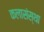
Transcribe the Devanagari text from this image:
कलासंस्था